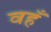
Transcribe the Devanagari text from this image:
वहँ